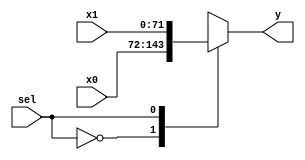
module bw_r_irf_72_2x1_mux(sel, y, x0, x1);
	input		sel;
	input	[71:0]	x0;
	input	[71:0]	x1;
	output	[71:0] y;
	reg	[71:0] y;
	always @(sel or x0 or x1)
		case(sel)
		  1'b0: y = x0;
		  1'b1: y = x1;
		endcase
endmodule